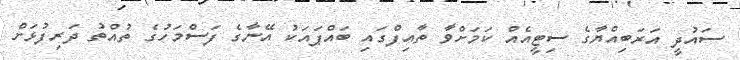
ސައުދީ އަރަބިއްޔާގެ ސިޓީއެއް ކަމަށްވާ ތާއިފްގައި ބައްޕައަކު އޭނާގެ ފަސްމަހުގެ ތުއްތު ދަރިފުޅަށް